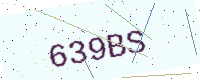
Text: 639BS